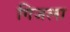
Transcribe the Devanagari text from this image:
गिजला